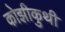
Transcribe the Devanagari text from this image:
कोझीकुथी